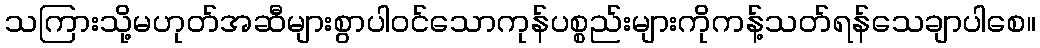
သကြားသို့မဟုတ်အဆီများစွာပါဝင်သောကုန်ပစ္စည်းများကိုကန့်သတ်ရန်သေချာပါစေ။